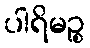
ပါရိမဉ္စ